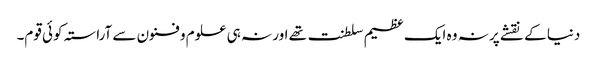
دنیا کے نقشے پر نہ وہ ایک عظیم سلطنت تھے اور نہ ہی علوم و فنون سے آراستہ کوئی قوم۔